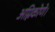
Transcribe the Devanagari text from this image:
अग्निकोणे।